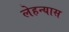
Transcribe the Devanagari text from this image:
लेहन्यास